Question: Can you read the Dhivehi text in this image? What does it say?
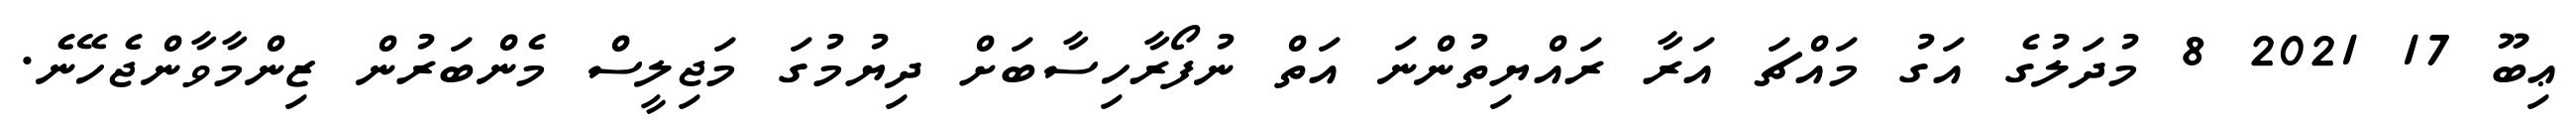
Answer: ޢިބޫ 17 2021 8 މުދަލުގެ އަގު މައްޗަ އަރާ ރައްޔިތުންނަ އަތް ނުފޯރާހިސާބަށް ދިޔުމުގަ މަޖިލީސް މެންބަރުން ޒިންމާވާންޖެހޭނެ.